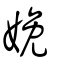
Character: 娩